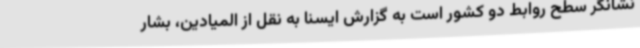
نشانگر سطح روابط دو کشور است به گزارش ایسنا به نقل از المیادین، بشار